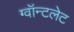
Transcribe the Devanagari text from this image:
ग्वॉन्टलेट